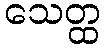
သေတ္ထ